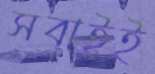
সবাইই